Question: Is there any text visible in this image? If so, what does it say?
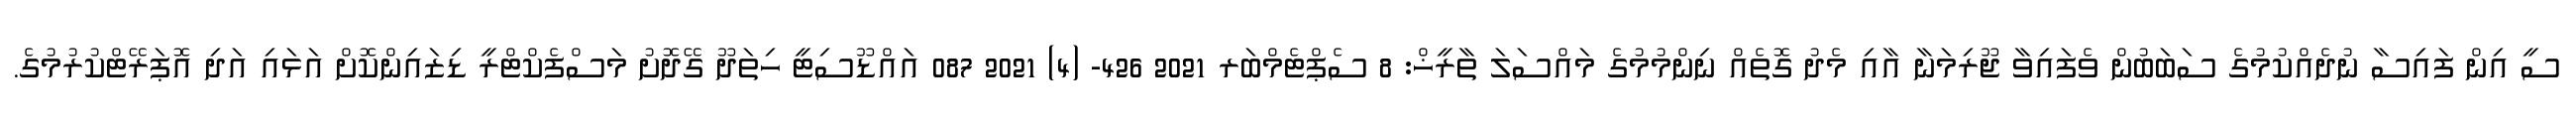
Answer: ސީ އިން ފައިސާ ނުދެއްކުމުގެ ސަބަބުން ވެފައިވާ ޖޫރިމަނާ އާއި މެދު ގޮތެއް ނިންމުމުގެ މައްސަލަ ތާރީޚް: 8 ސެޕްޓެމްބަރ 2021 426- (4) 2021 087 އައްޑޫސިޓީ ހިތަދޫ ގޭދޮށު މަސްފެކްޓްރީ ޑިޒައިންކޮށް އަޅައި އަދި އޮޕަރޭޓްކުރުމުގެ.